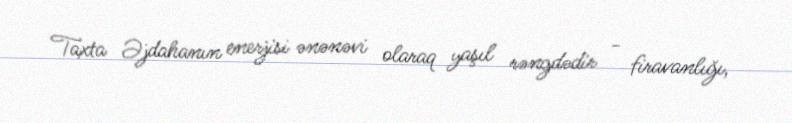
Taxta Əjdahanın enerjisi ənənəvi olaraq yaşıl rəngdədir - firavanlığı,